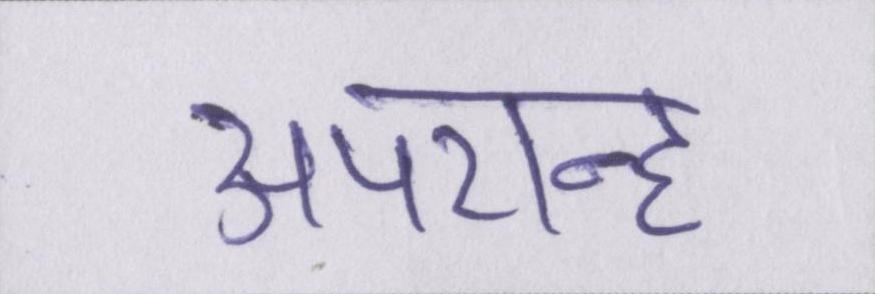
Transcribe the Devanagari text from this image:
अपरान्ह